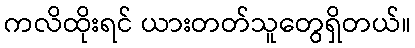
ကလိထိုးရင် ယားတတ်သူတွေရှိတယ်။